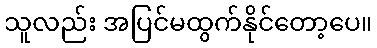
သူလည်း အပြင်မထွက်နိုင်တော့ပေ။